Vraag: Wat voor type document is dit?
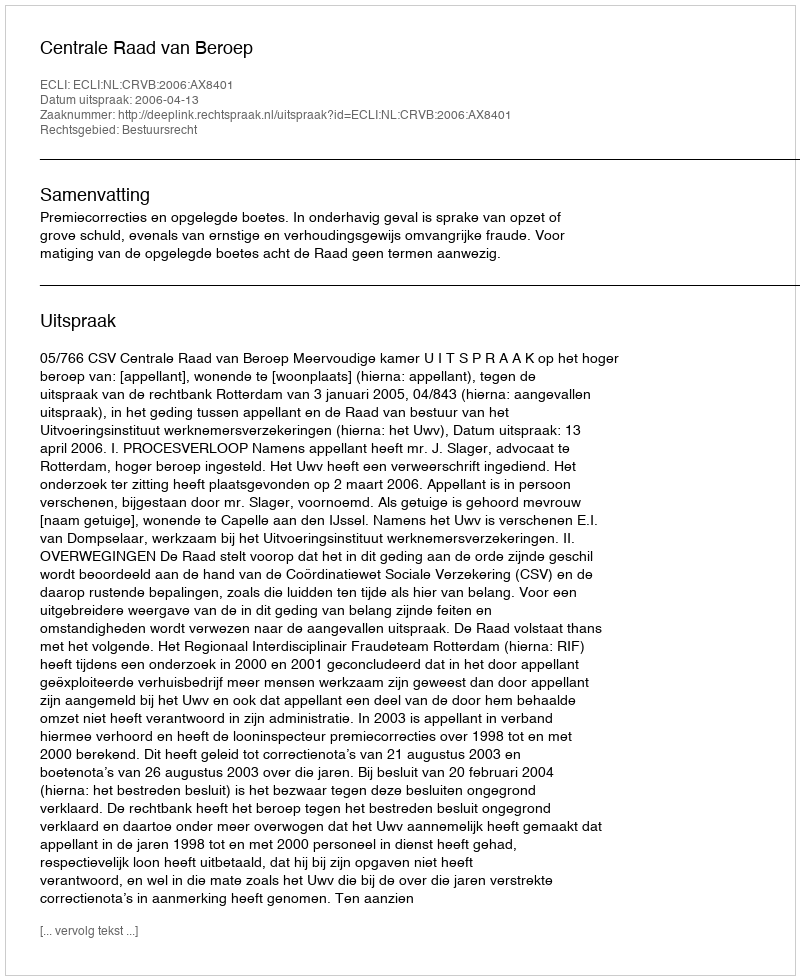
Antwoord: Uitspraak